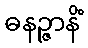
ဓနဉ္ဇာနိံ